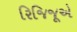
રિજિજૂએ